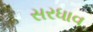
સરધાવ